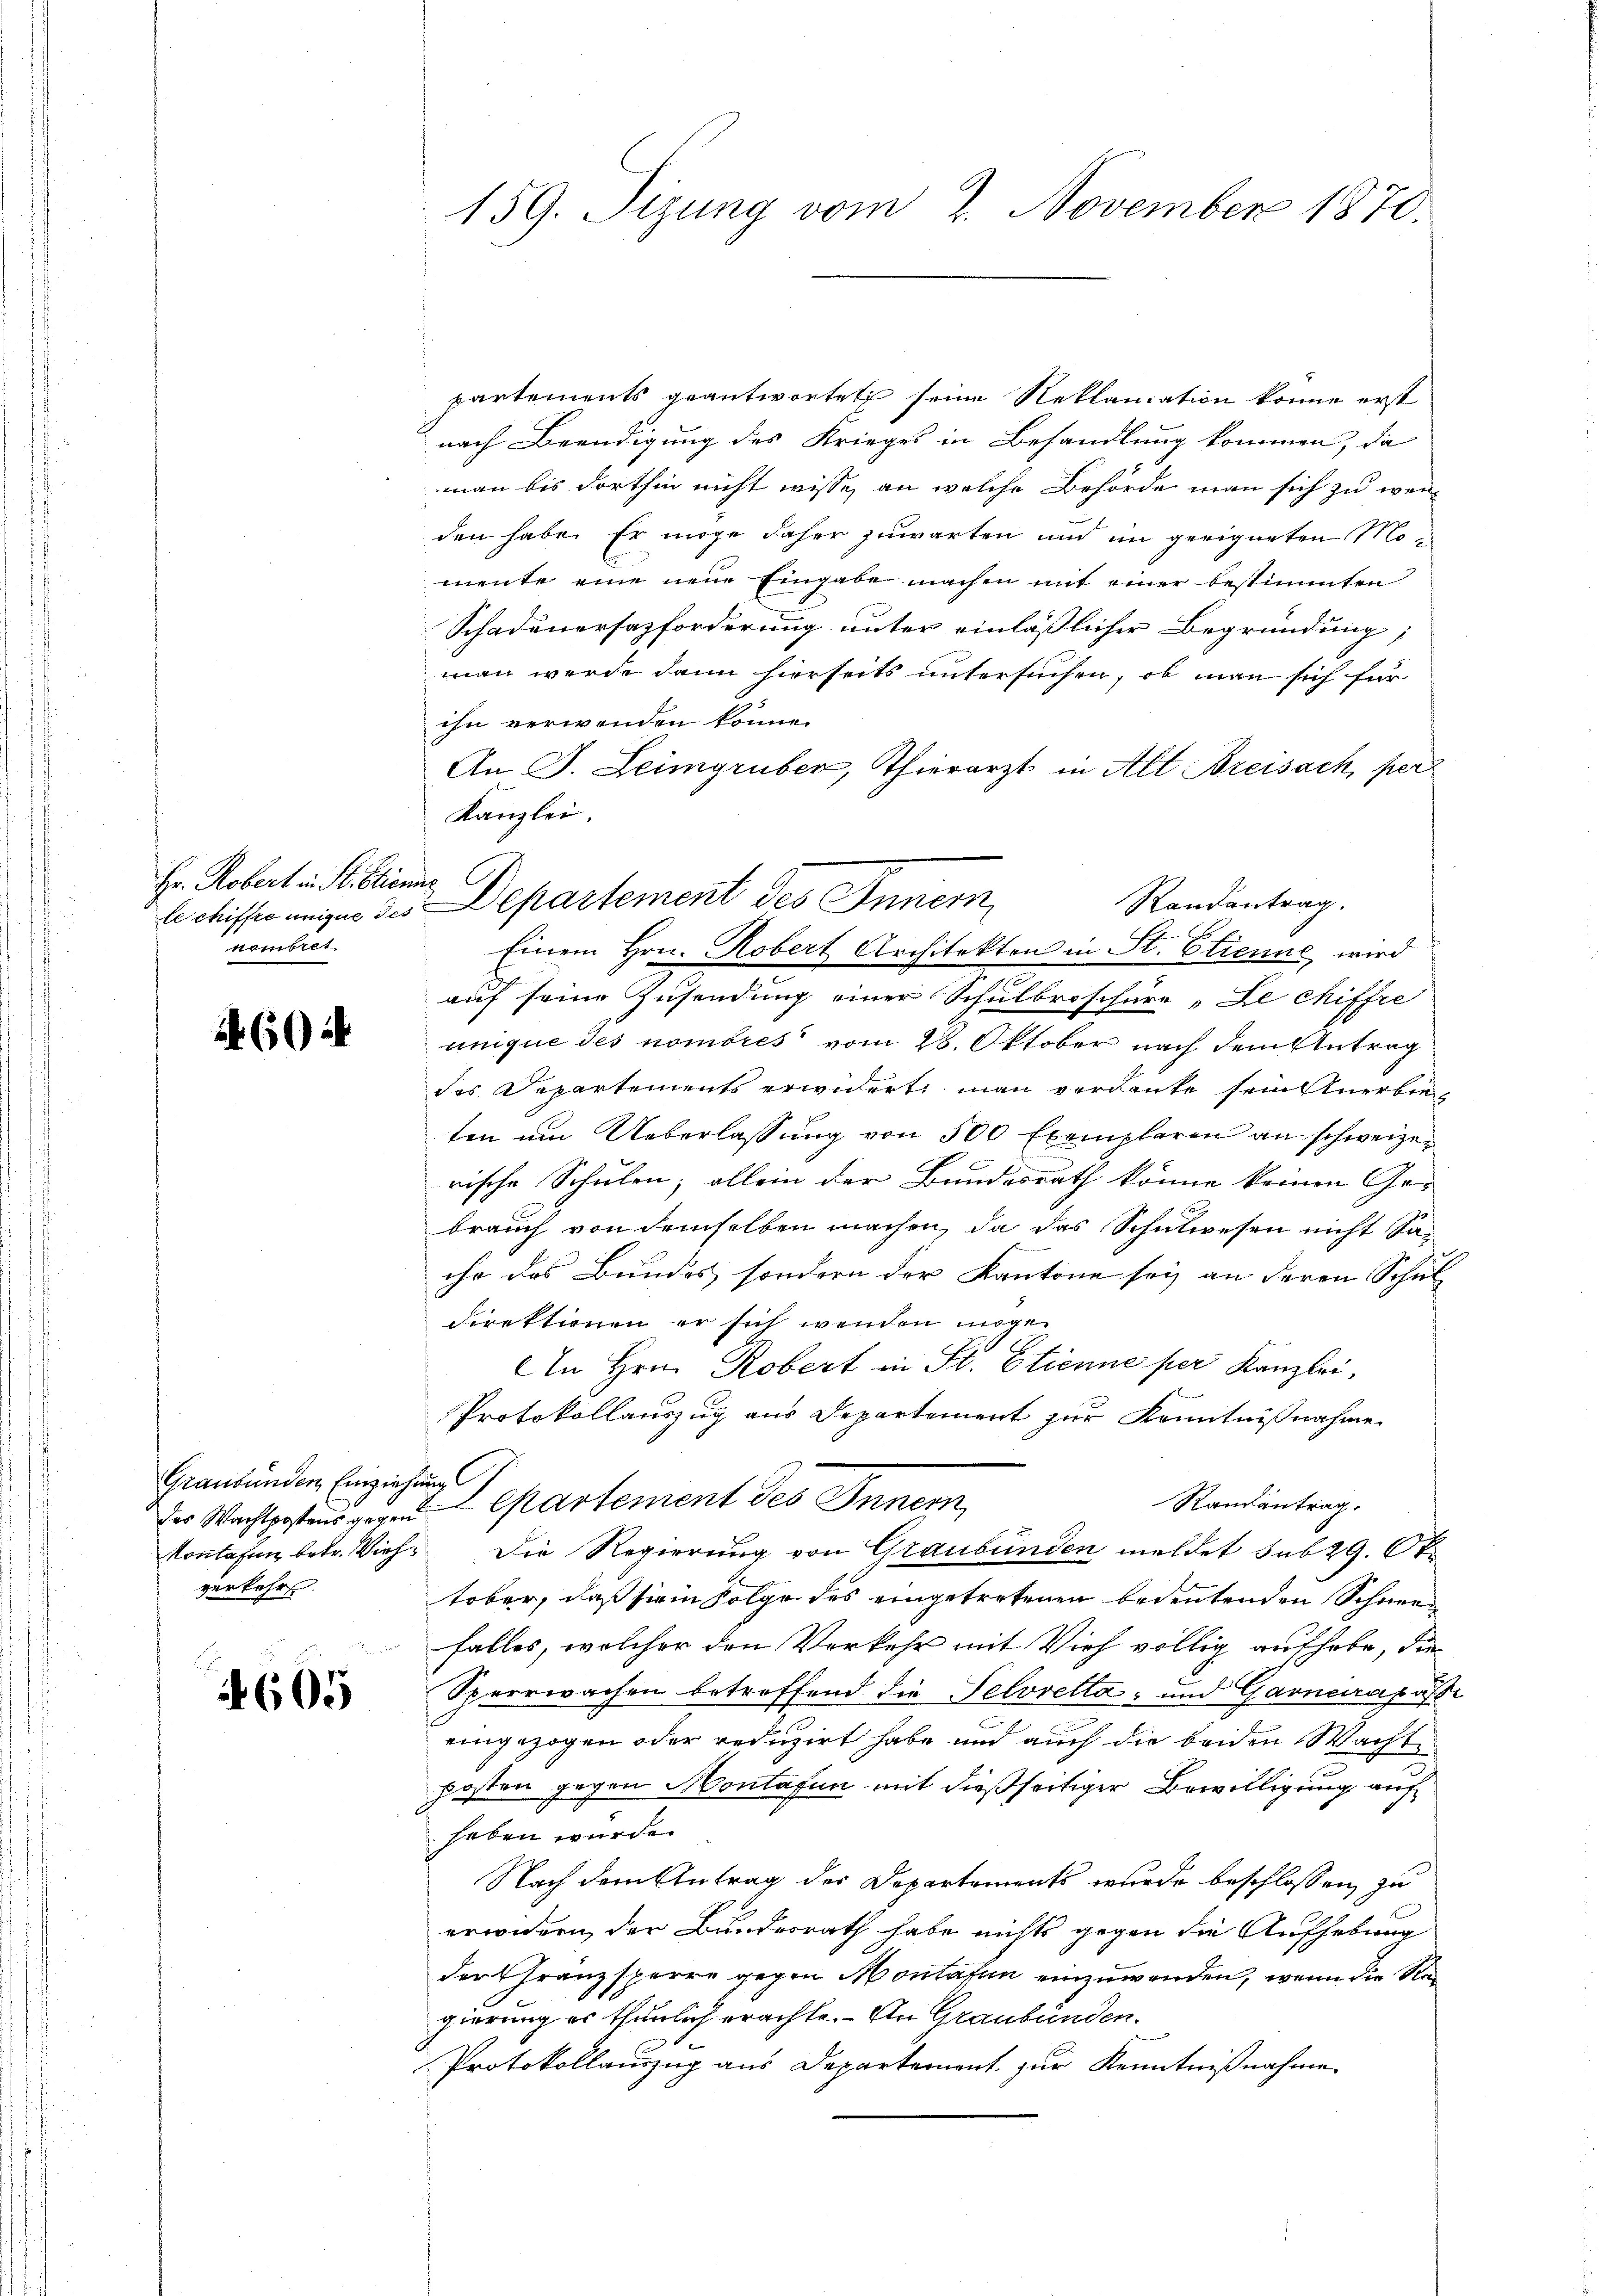
Hr. Robert in St. Etiena C.
Membret

604

Graubünden Einziehung
des Wachtpostens gegen
verkehrs.

605

partements geantwortet seine Reklamation könne erst
nach Beendigung des Krieges in Behandlung kommen, da
man bis dorthin nicht wisse, an welche Behörde man sich zu wenden habe. Er möge daher zuwarten und im geeigneten Momente eine neue Eingabe machen mit einer bestimmten
Schadenersazforderung unter einläßlicher Begründung;
man werde dann hierseits untersuchen, ob man sich für
ihn verwenden könne.
An J. Leimgruber, Thierarzt in Alt Breisach, per
Kanzlei.

Einem Hrn. Robert Architekton in St. Etienne wird
auf seine Zusendung einer Schulbroschüre „Le chiffre
unique des nombres vom 28. Oktober nach dem Antrag
des Departements erwidert man verdanke sein Anerbieten um Ueberlassung von 500 Exemplaren an schweizen
rische Schulen; allein der Bundesrath könne keinen Ge-
brauch von demselben machen, da das Schulwesen nicht Sache des Bundes, sondern der Kantone sey an deren Schul-
direktionen er sich wenden möge.
An Hrn. Robert in St. Etienne per Kanzlei,
Protokollauszug aus Departement zur Kenntnißnahme
Lepartement des Innern,
Randantrag.
Kontagen betr. Vieh. Die Regierung von Graubünden meldet sub 29. Ok
tober, daß sie in Folge des eingetretenen bedeutenden Schneefalles, welcher den Verkehr mit Vieh völlig aufhabe, die
Sperrwachen betroffend die Selovella- und Garnera pas
eingezogen oder reduzirt habe und auch die beiden Wachte
posten gegen Montafin mit dießseitiger Bewilligung auf
haben wurde.
Nach dem Antrag der Departements wurde beschlossen zu
erwidern, der Bundesrath habe nichts gegen die Aufhebung
der Franzsperre gegen Montafin einzuwenden, wenn die Regierung es thunlich erachte. An Graubünden.
.
Protokollauszug aus Departement zur Kenntnißnahme

159. Sizung vom 2. November 1870.

Schiffes ungen des Departement des Innern,

Randantrag.